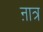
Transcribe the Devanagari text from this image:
ऩात्र